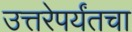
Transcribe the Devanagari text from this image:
उत्तरेपर्यंतचा